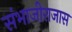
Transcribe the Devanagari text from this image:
संभाजीराजास